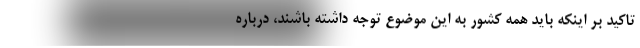
تاکید بر اینکه باید همه کشور به این موضوع توجه داشته باشند، درباره